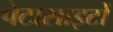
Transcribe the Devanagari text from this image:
पेटासाइटों